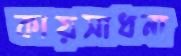
কায়সাধনা